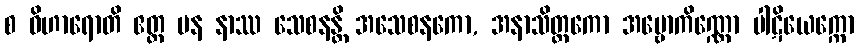
စ ဝိဟာရောတိ ဧတ္ထ ပန နာဿ သေစနန္တိ အသေစနကော, အနာသိတ္တကော အဗ္ဗောကိဏ္ဏော ပါဋိယေက္ကော